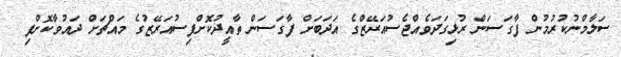
ސަލާމްނުކުރުމުން ފާގަސަން ރުޅިގަދަވެއްޖެސުއަރޭޒްގެ އަދަބަށް ފާގަސަން ތާއީދުކޮށްފިސުއަރޭޒުގެ މައްޗަށް ދައުވާކޮށްފި